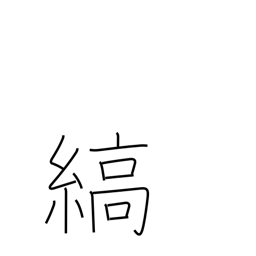
Meaning: stripe